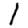
Digit: 1